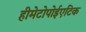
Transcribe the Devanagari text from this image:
हीमेटोपोईएटिक